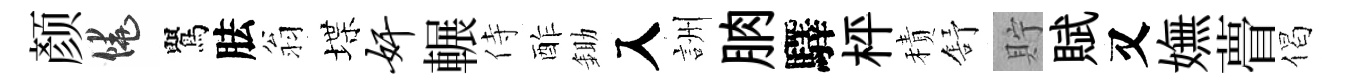
颜饒鸎胠翁堞奸輾侍酢鋤入詶朒驛枰積舒貯賦又嫵瞢偈